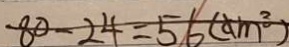
8 0 - 2 4 = 5 6 ( c m ^ { 3 } )